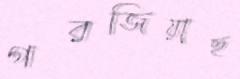
গরজিয়াছ